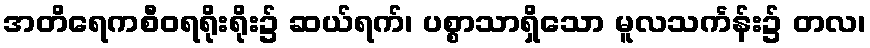
အတိရေကစီဝရရိုးရိုး၌ ဆယ်ရက်၊ ပစ္စာသာရှိသော မူလသင်္ကန်း၌ တလ၊